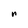
Character: n